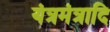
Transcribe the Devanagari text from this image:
यंत्रमंत्रादि